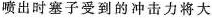
塞子喷出时塞子受到的冲击力将大